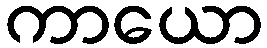
ကာယော